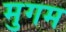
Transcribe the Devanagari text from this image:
मुगम